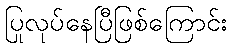
ပြုလုပ်နေပြီဖြစ်ကြောင်း